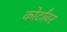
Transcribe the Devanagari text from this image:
कोर्टांवर